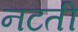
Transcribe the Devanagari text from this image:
नटती